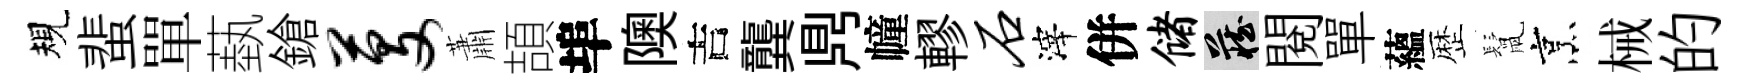
規蜚單蓺鎗芟蕭頡埠隩吉龔𪔂幢轇石滓併储藏閲單蘊歴鬛烹械的